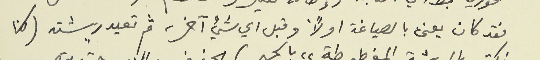
فقد كان يعنى بالصياغة اولاً وقبل اي شيء آخر، ثم تعيد ريشته (كنا